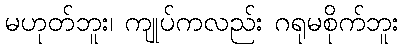
မဟုတ်ဘူး၊ ကျုပ်ကလည်း ဂရုမစိုက်ဘူး